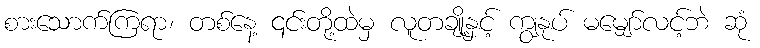
စားသောက်ကြရာ၊ တစ်နေ့ ၎င်းတို့ထဲမှ လူတချို့နှင့် ကျွနုပ် မမျှော်လင့်ဘဲ ဆုံ